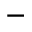
-